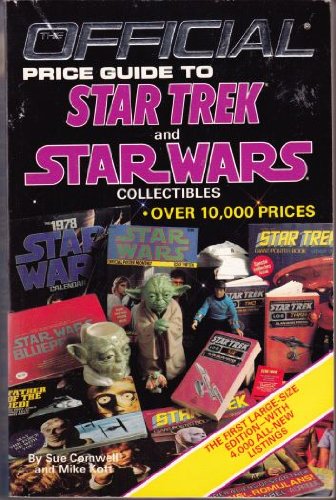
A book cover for The Official Price Guide to Star Trek and Star Wars Collectibles; Sue Cornwell; Crafts, Hobbies & Home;